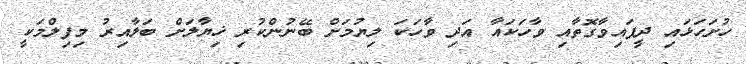
ހުށަހަޅައި ދީފައިވާގޮތާއި ވާހަކައާ އަދި ވާހަކަ ލިޔުމަށް ބޭނުންކުރި ޚިޔާލަށް ބަލާއިރު މިފިލްމަކީ